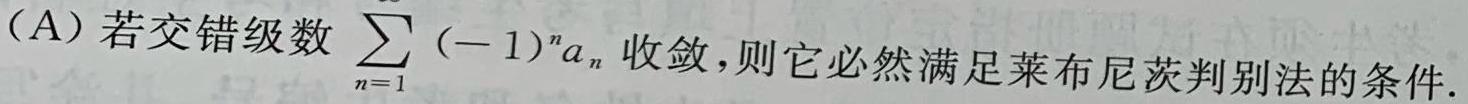
(A) 若交错级数 $\sum_{n = 1}^{\infty} (-1)^n a_n$ 收敛，则它必然满足莱布尼茨判别法的条件.